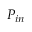
P _ { i n }